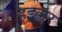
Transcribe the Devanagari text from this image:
हइलर